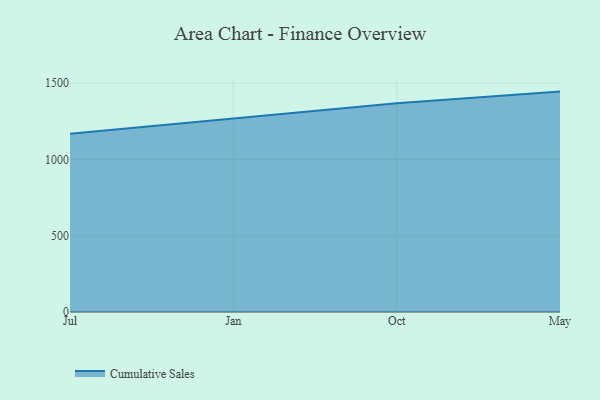
{"axis": {"x": "Month", "y": "Bounce Rate (%)"}, "legend": ["Cumulative Sales"], "data": [{"x": "Jul", "y": 1168.2, "type": "Cumulative Sales"}, {"x": "Jan", "y": 1267.0, "type": "Cumulative Sales"}, {"x": "Oct", "y": 1369.5, "type": "Cumulative Sales"}, {"x": "May", "y": 1445.4, "type": "Cumulative Sales"}]}